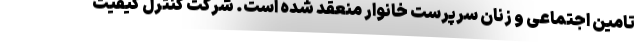
تامین اجتماعی و زنان سرپرست خانوار منعقد شده است. شرکت کنترل کیفیت